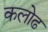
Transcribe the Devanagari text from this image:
कलोढ